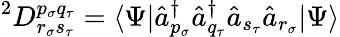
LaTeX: {}^{2}D_{r_{\sigma}s_{\tau}}^{p_{\sigma}q_{\tau}}=\langle\Psi|\hat{a}_{p_{\sigma}}^{\dagger}\hat{a}_{q_{\tau}}^{\dagger}\hat{a}_{s_{\tau}}\hat{a}_{r_{\sigma}}|\Psi\rangle